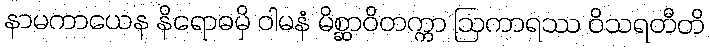
နာမကာယေန နိရောဓမှိ ဝါမနံ မိစ္ဆာဝိတက္ကာ ဩကာရဿ ဝိသရတီတိ